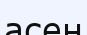
асен